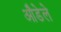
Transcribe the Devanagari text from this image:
औडेले